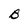
Character: B